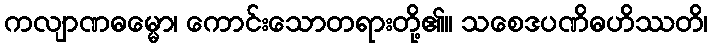
ကလျာဏဓမ္မော၊ ကောင်းသောတရားတို့၏။ သစေဒပဏိဓဟိဿတိ၊